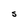
Character: S